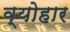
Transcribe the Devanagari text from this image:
व्योहार